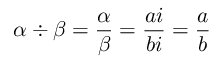
\alpha \div \beta = { \frac { \alpha } { \beta } } = { \frac { a i } { b i } } = { \frac { a } { b } }